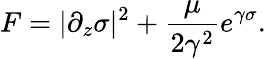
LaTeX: F=|\partial_{z}\sigma|^{2}+{\frac{\mu}{2\gamma^{2}}}e^{\gamma\sigma}.